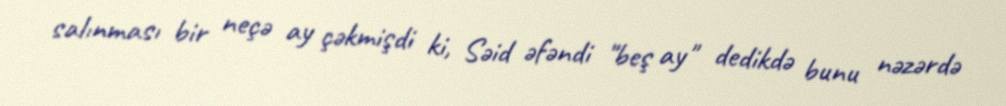
salınması bir neçə ay çəkmişdi ki, Səid əfəndi "beş ay" dedikdə bunu nəzərdə